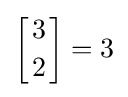
\left[{3 \atop 2}\right]=3